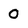
Character: 0